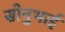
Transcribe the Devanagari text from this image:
सोनुभाई